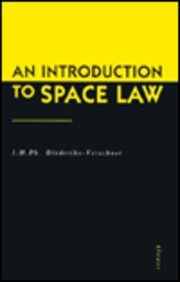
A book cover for An Introduction to Space Law; I. Diederiks-Verschoor; Law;